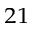
^ { 2 1 }